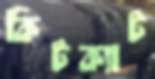
কিটক্যাট